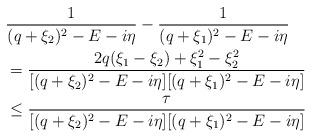
LaTeX: \begin{align*} & \frac{1}{(q+\xi_2)^2 - E - i \eta } - \frac{1}{(q+\xi_1)^2 - E - i \eta } \\ & = \frac{2 q (\xi_1 - \xi_2) + \xi_1^2 - \xi_2^2 }{[(q+\xi_2)^2 - E - i \eta ][ (q+\xi_1)^2 - E - i \eta ] } \\ & \leq \frac{\tau}{ [(q+\xi_2)^2 - E - i \eta ][ (q+\xi_1)^2 - E - i \eta ]} \end{align*}